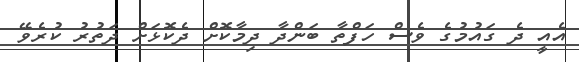
އެއީ ދެ ގައުމުގެ ވެސް ހަފްތާ ބަންދާ ދިމާކޮށް ދެކޮޅަށް ދަތުރު ކުރެވޭ